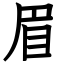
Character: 眉